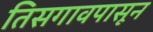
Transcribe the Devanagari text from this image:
तिसगावपासून